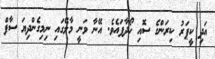
އަދި ކީޕަރު ކިރަންގެ ސޮއި ހޯދާފައެވެ. އޭނާ ވަނީ މާލޭގައި ނިމިގެންދިޔަ ސާފް